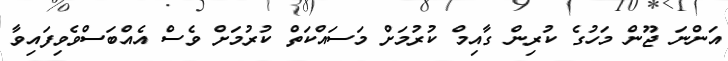
އަންނަ ޖޫން މަހުގެ ކުރިން ގާއިމް ކުރުމަށް މަސައްކަތް ކުރުމަށް ވެސް އެއްބަސްވެވިފައިވާ